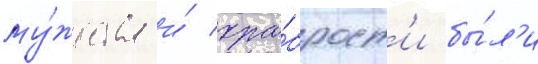
му́жества и́ хра́брост'и бы́л'и